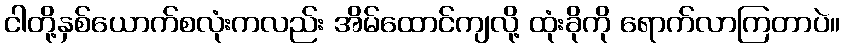
ငါတို့နှစ်ယောက်စလုံးကလည်း အိမ်ထောင်ကျလို့ ထုံးခိုကို ရောက်လာကြတာပဲ။